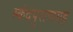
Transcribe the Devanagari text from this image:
स्कंदपुराणयह